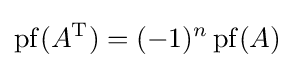
\operatorname {pf} (A^{\text{T}})=(-1)^{n}\operatorname {pf} (A)